Indian journal of veterinary science and animal husbandry - Volume 2,
Year: 1932
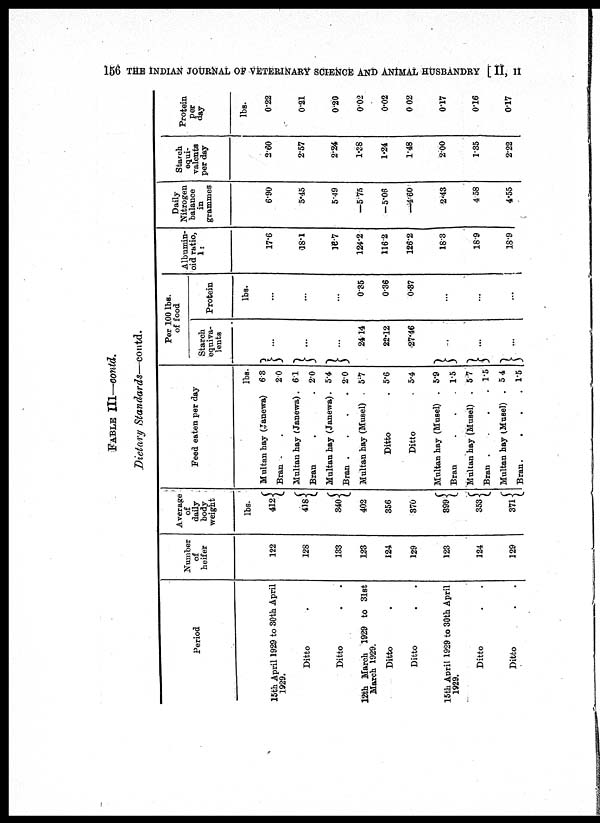
156 THE INDIAN JOURNAL OF VETERINARY SCIENCE AND ANIMAL HUSBANDRY [ II, II
TABLE
contd.
Dietary Standards—contd.
Period
15th April 1929 to 30th April
1929.
Ditto .
Ditto . .
12th March 1929 to 31st
March 1929.
Ditto .
Ditto . .
15th April 1929 to 30th April
1929.
Ditto . .
Ditto . .
Number
of
heifer
122
128
133
123
124
129
123
124
129
Average
of
daily
body
weight
lbs.
412{
418{
340{
402
356
370
399 {
353 {
371 {
Feed eaten per day
Multan hay (Janewa)
Bran . .
Multan hay (Janewa).
Bran . .
Multan hay (Janewa).
Bran .
.
.
.
Multan hay (Musel) .
Ditto .
Ditto .
Multan hay (Musel) .
Bran . . .
Multan hay (Musel) .
Bran .
.
.
.
Multan hay (Musel) .
Bran . . . .
lbs.
6.3
2.0
6.1
2.0
5.4
2.0
5.7
5.6
5.4
5.9
1.5
5.7
1.5
5.4
1.5
Per 100 lbs.
of food
Starch
equiva-
lents
}...
}...
}...
24.14
22.12
27.46
}...
}...
}...
Protein
lbs.
...
035
0.36
0.37
...
...
...
Albumin-
oid ratio,
1:
17.6
18.1
16.7
124.2
116.2
126.2
18.3
18.9
18.9
Daily
Nitrogen
balance
in
grammes
6.90
5.45
5.49
—5.75
—5.06
—4.60
2.43
4.58
4.55
Starch
equi-
valents
per day
2.60
2.57
2.24
1.38
1.24
1.48
2.00
1.35
2.22
Protein
per
day
lbs.
0.22
0.21
0.20
0.02
0.02
0.02
0.17
0.16
0.17